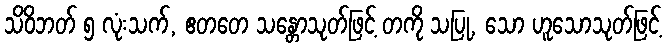
သိဝိဘတ် ၅ လုံးသက်, ဧတတေ သန္တောသုတ်ဖြင့် တကို သပြု, သော ဟူသောသုတ်ဖြင့်